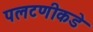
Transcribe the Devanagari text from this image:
पलटणीकडे